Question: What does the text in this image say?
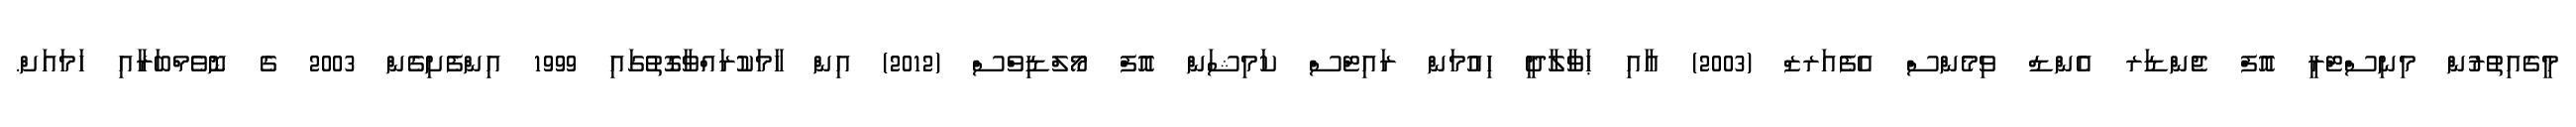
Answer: މީގެއިތުރުން މިނިސްޓްރީ އޮފް ޖެންޑަރ އެންޑް ވިމެންސް އެފެއަރޒް (2003) އާއި ޙަވާލާދީ ހިއުމަން ރައިޓްސް ކަމިޝަން އޮފް މޯލްޑިވްސް (2012) އިން ހާމަކުރައްވާގޮތުގައި 1999 އިންފެށިގެން 2003 ގެ ނޮވެމްބަރާއި ހަމައަށް.